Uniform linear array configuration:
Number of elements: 48
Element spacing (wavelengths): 0.75
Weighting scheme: uniform
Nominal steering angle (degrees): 0
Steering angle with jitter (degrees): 0.4208
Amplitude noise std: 0.05
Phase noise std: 0.05

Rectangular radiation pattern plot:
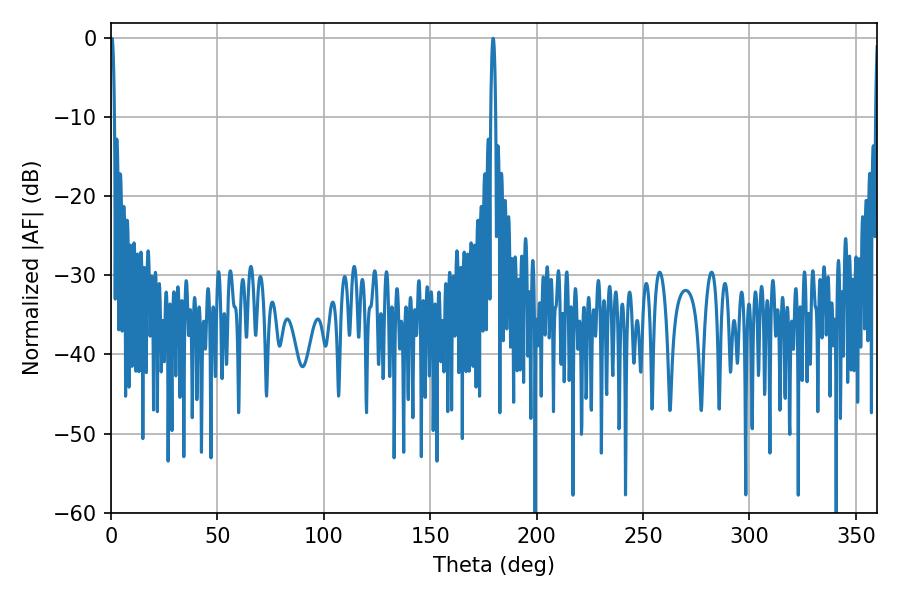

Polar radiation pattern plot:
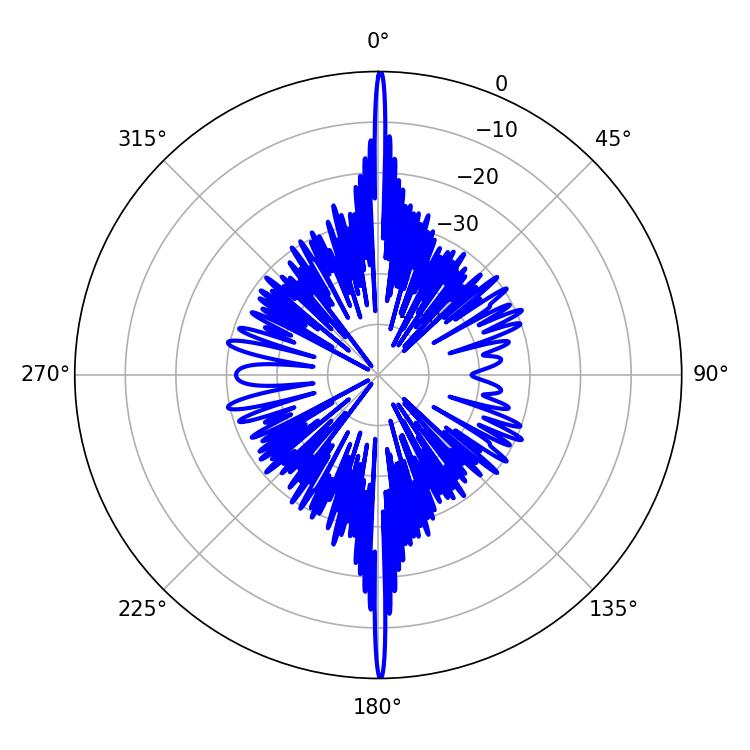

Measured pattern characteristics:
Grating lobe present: TRUE
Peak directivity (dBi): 36.914
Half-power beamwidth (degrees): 1.08
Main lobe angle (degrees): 0.36